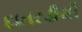
દાતરડીથી